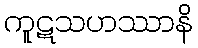
ကူဋသဟဿာနိ